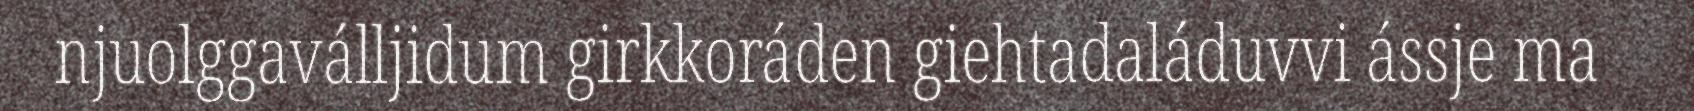
njuolggaválljidum girkkoráden giehtadaláduvvi ássje ma